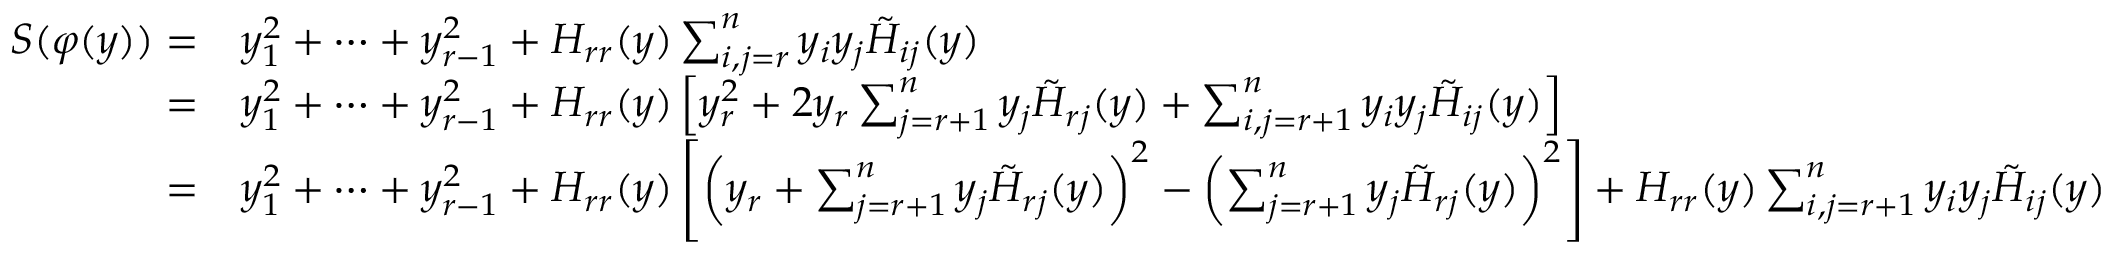
{ \begin{array} { r l } { S ( { \boldsymbol { \varphi } } ( y ) ) = } & { y _ { 1 } ^ { 2 } + \cdots + y _ { r - 1 } ^ { 2 } + H _ { r r } ( y ) \sum _ { i , j = r } ^ { n } y _ { i } y _ { j } { \tilde { H } } _ { i j } ( y ) } \\ { = } & { y _ { 1 } ^ { 2 } + \cdots + y _ { r - 1 } ^ { 2 } + H _ { r r } ( y ) \left[ y _ { r } ^ { 2 } + 2 y _ { r } \sum _ { j = r + 1 } ^ { n } y _ { j } { \tilde { H } } _ { r j } ( y ) + \sum _ { i , j = r + 1 } ^ { n } y _ { i } y _ { j } { \tilde { H } } _ { i j } ( y ) \right] } \\ { = } & { y _ { 1 } ^ { 2 } + \cdots + y _ { r - 1 } ^ { 2 } + H _ { r r } ( y ) \left[ \left( y _ { r } + \sum _ { j = r + 1 } ^ { n } y _ { j } { \tilde { H } } _ { r j } ( y ) \right) ^ { 2 } - \left( \sum _ { j = r + 1 } ^ { n } y _ { j } { \tilde { H } } _ { r j } ( y ) \right) ^ { 2 } \right] + H _ { r r } ( y ) \sum _ { i , j = r + 1 } ^ { n } y _ { i } y _ { j } { \tilde { H } } _ { i j } ( y ) } \end{array} }